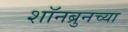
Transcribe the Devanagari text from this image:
शॉनब्रुनच्या